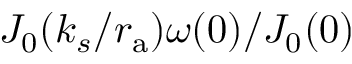
J _ { 0 } ( k _ { s } / { r _ { \mathrm { a } } } ) \omega ( 0 ) / J _ { 0 } ( 0 )